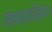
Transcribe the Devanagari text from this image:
संभाव्यरित्या